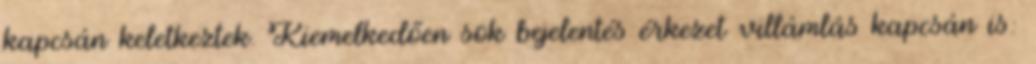
kapcsán keletkeztek. Kiemelkedően sok bejelentés érkezet villámlás kapcsán is: